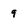
Character: 9